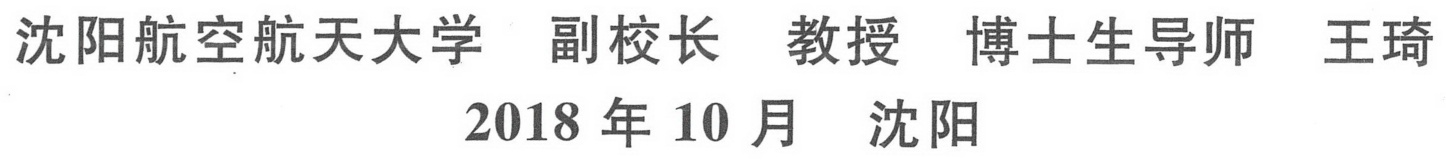
沈阳航空航天大学  副校长  教授  博士生导师  王琦
2018 年 10 月  沈阳